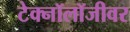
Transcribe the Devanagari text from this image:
टेक्नॉलॉजीवर